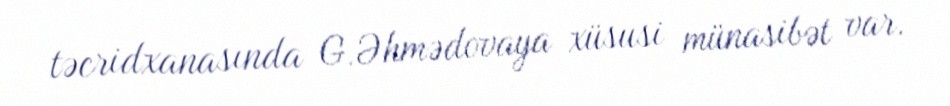
təcridxanasında G.Əhmədovaya xüsusi münasibət var.